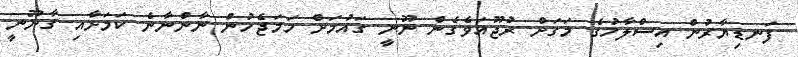
ފަނޑިޔާރުން އިސްލާހުގެ މަގަށް ރުޖޫއަވެގެން ނޫނީ ގައުމަށް ހަމަޖެހުން ނާންނާނެ ކަމަށާއި ގާނޫނީ